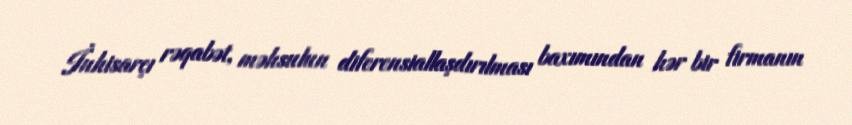
İnhisarçı rəqabət, məhsulun diferensiallaşdırılması baxımından hər bir firmanın